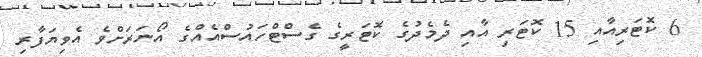
6 ކޮޓަރިއާއި 15 ކޮޓަރި އާއި ދެމެދުގެ ކޮޓަރީގެ ގެސްޓްހައުސްއެއްގެ އޯނަރަށްވެ އެވިޔަފާރި